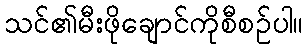
သင်၏မီးဖိုချောင်ကိုစီစဉ်ပါ။